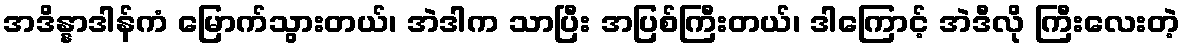
အဒိန္နာဒါန်ကံ မြောက်သွားတယ်၊ အဲဒါက သာပြီး အပြစ်ကြီးတယ်၊ ဒါကြောင့် အဲဒီလို ကြီးလေးတဲ့